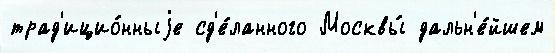
трад'ицио́нныjе сд'е́ланного Москвы́ дальн'е́йшем